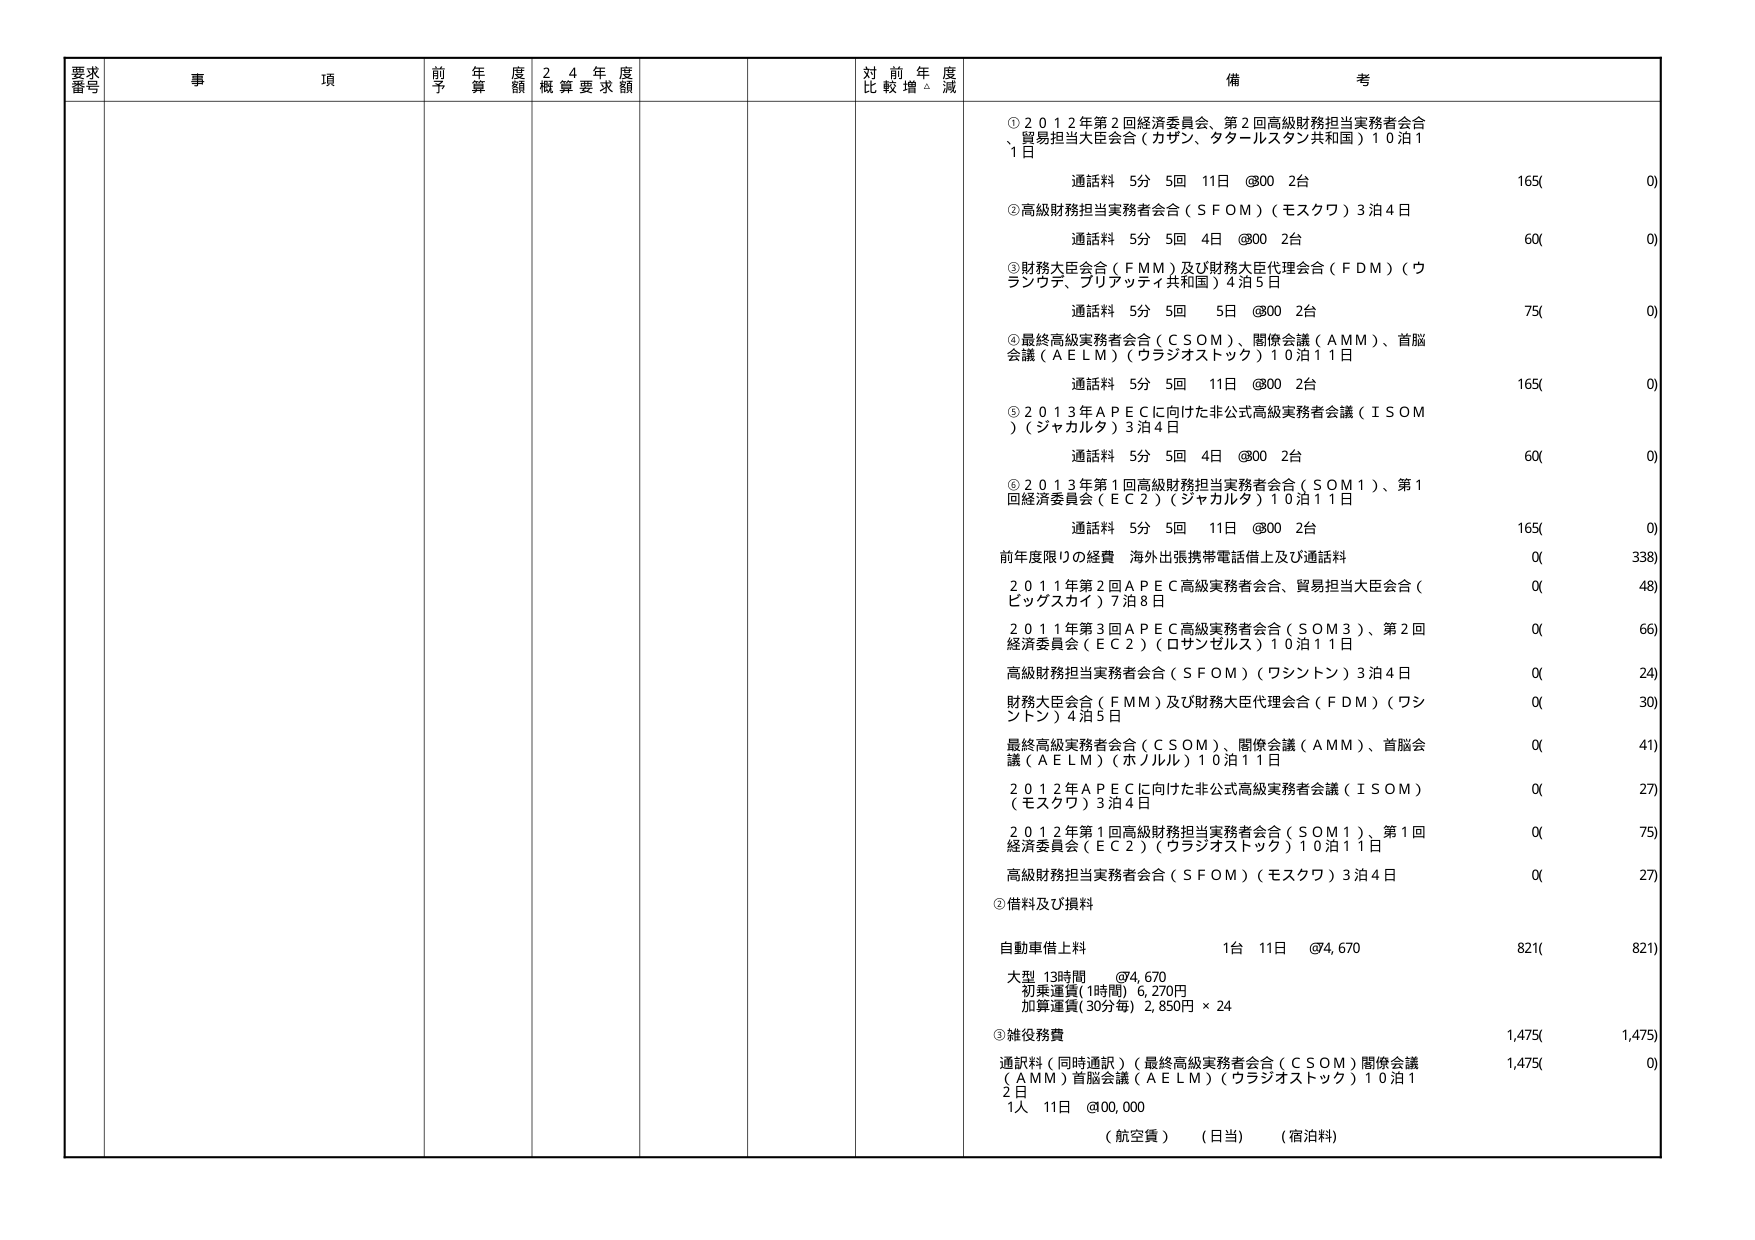
要求番号
事項
前年度予算額
24年度概算要求額
対前年度比較増減
備考
①2012年第2回経済委員会、第2回高級財務担当実務者会合、貿易担当大臣会合（カザン、タタールスタン共和国）10泊11日
通話料 5分 5回 11日 @800 2台
165(0)
②高級財務担当実務者会合（SFOM）（モスクワ）3泊4日
通話料 5分 5回 4日 @800 2台
60(0)
③財務大臣会合（FMM）及び財務大臣代理会合（FDM）（ウランウデ、ブリアッティ共和国）4泊5日
通話料 5分 5回 5日 @800 2台
75(0)
④最終高級実務者会合（CSOM）、閣僚会議（AMM）、首脳会議（AELM）（ウラジオストック）10泊11日
通話料 5分 5回 11日 @800 2台
165(0)
⑤2013年APECに向けた非公式高級実務者会議（ISOM）（ジャカルタ）3泊4日
通話料 5分 5回 4日 @800 2台
60(0)
⑥2013年第1回高級財務担当実務者会合（SOM1）、第1回経済委員会（EC2）（ジャカルタ）10泊11日
通話料 5分 5回 11日 @800 2台
165(0)
前年度限りの経費 海外出張携帯電話借上及び通話料
0(338)
2011年第2回APEC高級実務者会合、貿易担当大臣会合（ビッグスカイ）7泊8日
0(48)
2011年第3回APEC高級実務者会合（SOM3）、第2回経済委員会（EC2）（ロサンゼルス）10泊11日
0(66)
高級財務担当実務者会合（SFOM）（ワシントン）3泊4日
0(24)
財務大臣会合（FMM）及び財務大臣代理会合（FDM）（ワシントン）4泊5日
0(30)
最終高級実務者会合（CSOM）、閣僚会議（AMM）、首脳会議（AELM）（ホノルル）10泊11日
0(41)
2012年APECに向けた非公式高級実務者会議（ISOM）（モスクワ）3泊4日
0(27)
2012年第1回高級財務担当実務者会合（SOM1）、第1回経済委員会（EC2）（ウラジオストック）10泊11日
0(75)
高級財務担当実務者会合（SFOM）（モスクワ）3泊4日
0(27)
②借料及び損料
自動車借上料
1台 11日 @4,670
821(821)
大型 13時間 @4,670
初乗運賃（1時間）6,270円
加算運賃（30分毎）2,850円 × 24
③雑役務費
1,475(1,475)
通訳料（同時通訳）（最終高級実務者会合（CSOM）閣僚会議（AMM）首脳会議（AELM）（ウラジオストック）10泊12日
1人 11日 @80,000
1,475(0)
（航空費）（日当）（宿泊料）